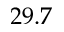
2 9 . 7